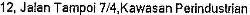
12, JALAN TAMPOI 7/4,KAWASAN PERINDUSTRIAN